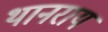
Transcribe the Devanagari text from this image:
थानराय